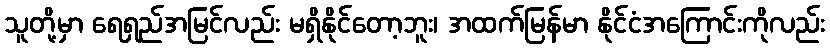
သူတို့မှာ ရေရှည်အမြင်လည်း မရှိနိုင်တော့ဘူး၊ အထက်မြန်မာ နိုင်ငံအကြောင်းကိုလည်း